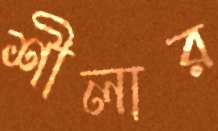
শীলার